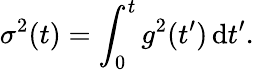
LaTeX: \sigma^{2}(t)=\int_{0}^{t}g^{2}(t^{\prime})\, \mathrm{d}t^{\prime}.